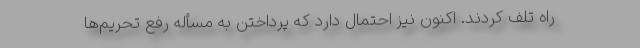
راه تلف کردند. اکنون نیز احتمال دارد که پرداختن به مسأله رفع تحریم‌ها